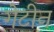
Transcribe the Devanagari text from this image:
गेटीन